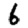
Digit: 6